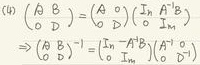
\begin{align*}
\det(A \oplus B) &= \det(A)^n \det\left(I_m - A^{-1}B\right)\\
\Rightarrow (A \oplus B)^{-1} &= \left(I_m - A^{-1}B\right)^{-1}(A^{-1} \oplus 0)
\end{align*}